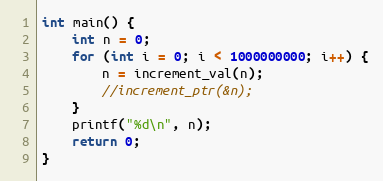
Language: C
int main() {
	int n = 0;
	for (int i = 0; i < 1000000000; i++) {
		n = increment_val(n);
		//increment_ptr(&n);
	}
	printf("%d\n", n);
	return 0;
}